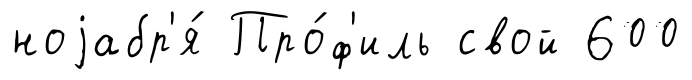
ноjабр'я́ Про́ф'иль свой 600